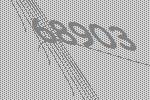
68903